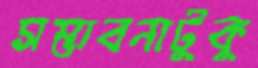
সম্ভাবনাটুকু